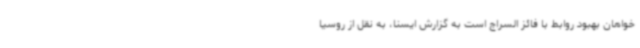
خواهان بهبود روابط با فائز السراج است به گزارش ایسنا، به نقل از روسیا